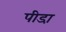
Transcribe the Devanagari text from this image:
पीडा़